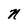
Character: n